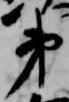
第